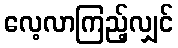
လေ့လာကြည့်လျှင်